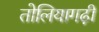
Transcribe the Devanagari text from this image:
तोलियागढ़ी